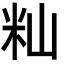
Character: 籼